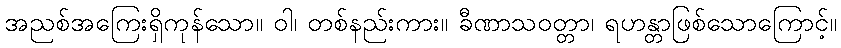
အညစ်အကြေးရှိကုန်သော။ ဝါ၊ တစ်နည်းကား။ ခီဏာသဝတ္တာ၊ ရဟန္တာဖြစ်သောကြောင့်။